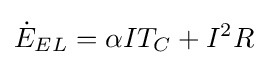
{\dot {E}}_{EL}=\alpha IT_{C}+I^{2}R